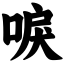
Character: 唳